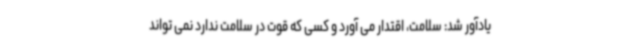
یادآور شد: سلامت، اقتدار می آورد و کسی که قوت در سلامت ندارد نمی تواند